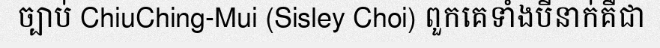
ច្បាប់ ChiuChing-Mui (Sisley Choi) ពួកគេទាំងបីនាក់គឺជា